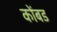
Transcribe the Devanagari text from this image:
कोंबड